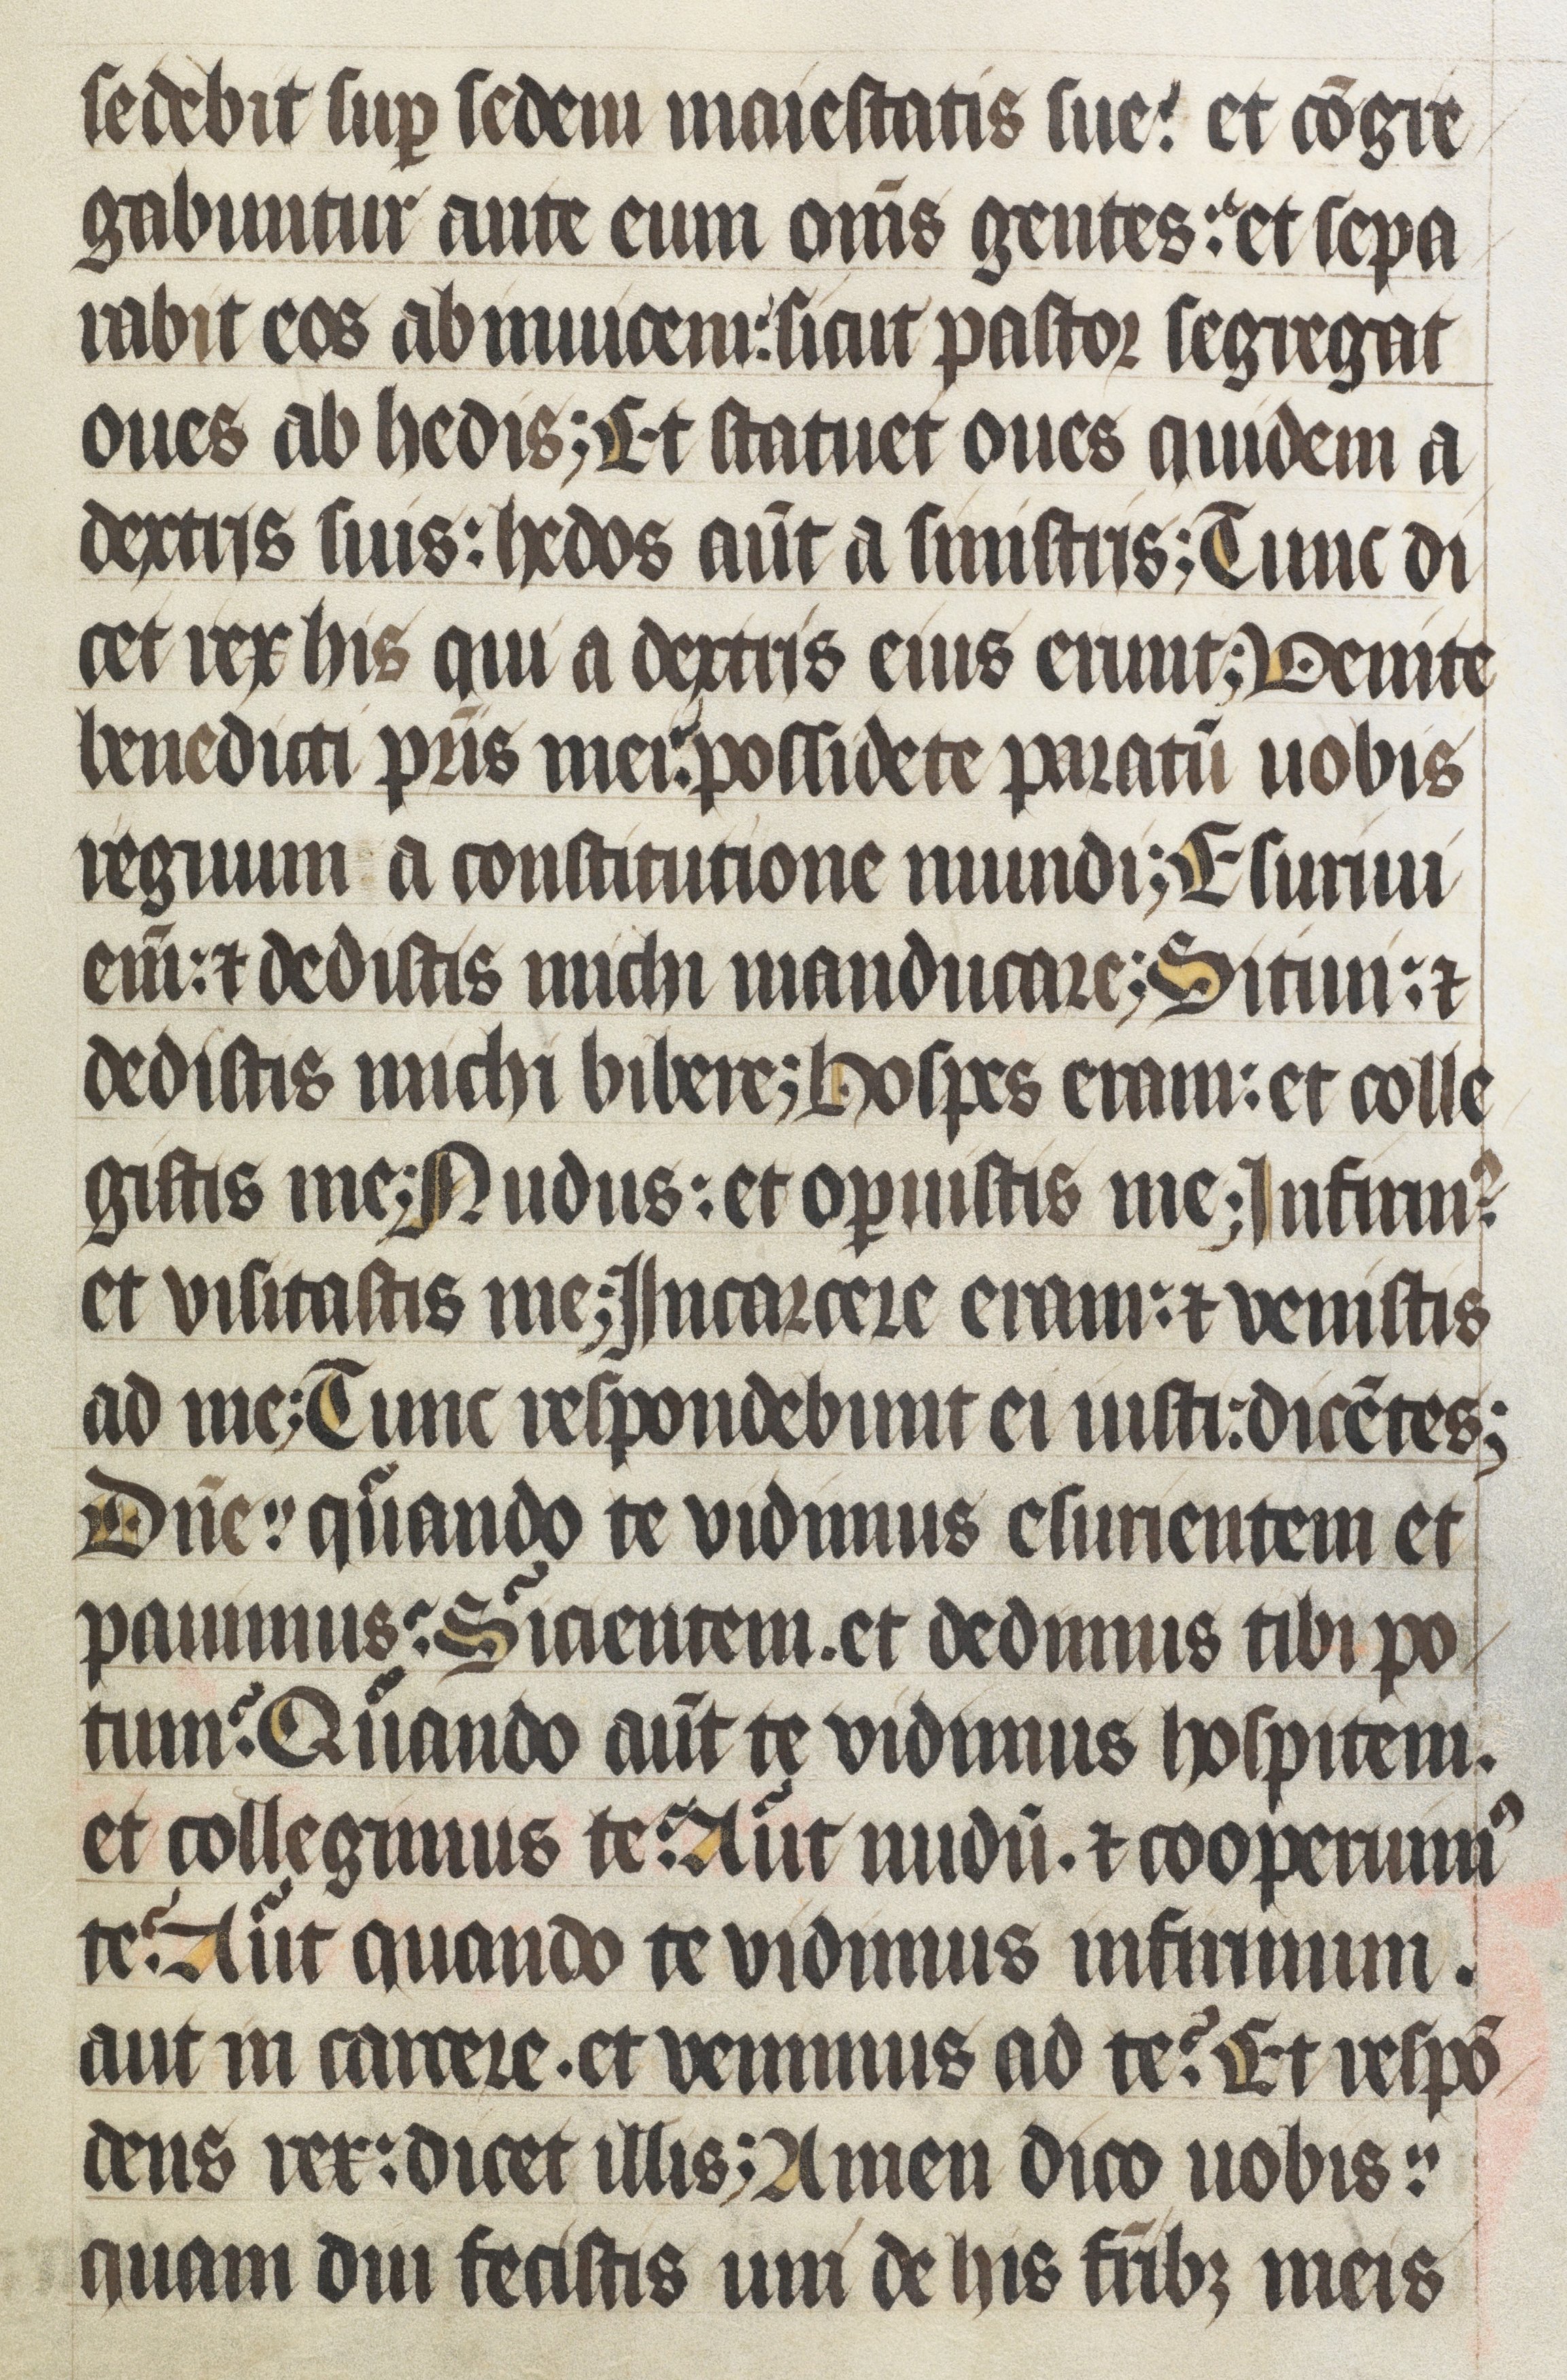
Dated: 1400–1499